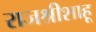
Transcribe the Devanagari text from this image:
राजश्रीशाहू